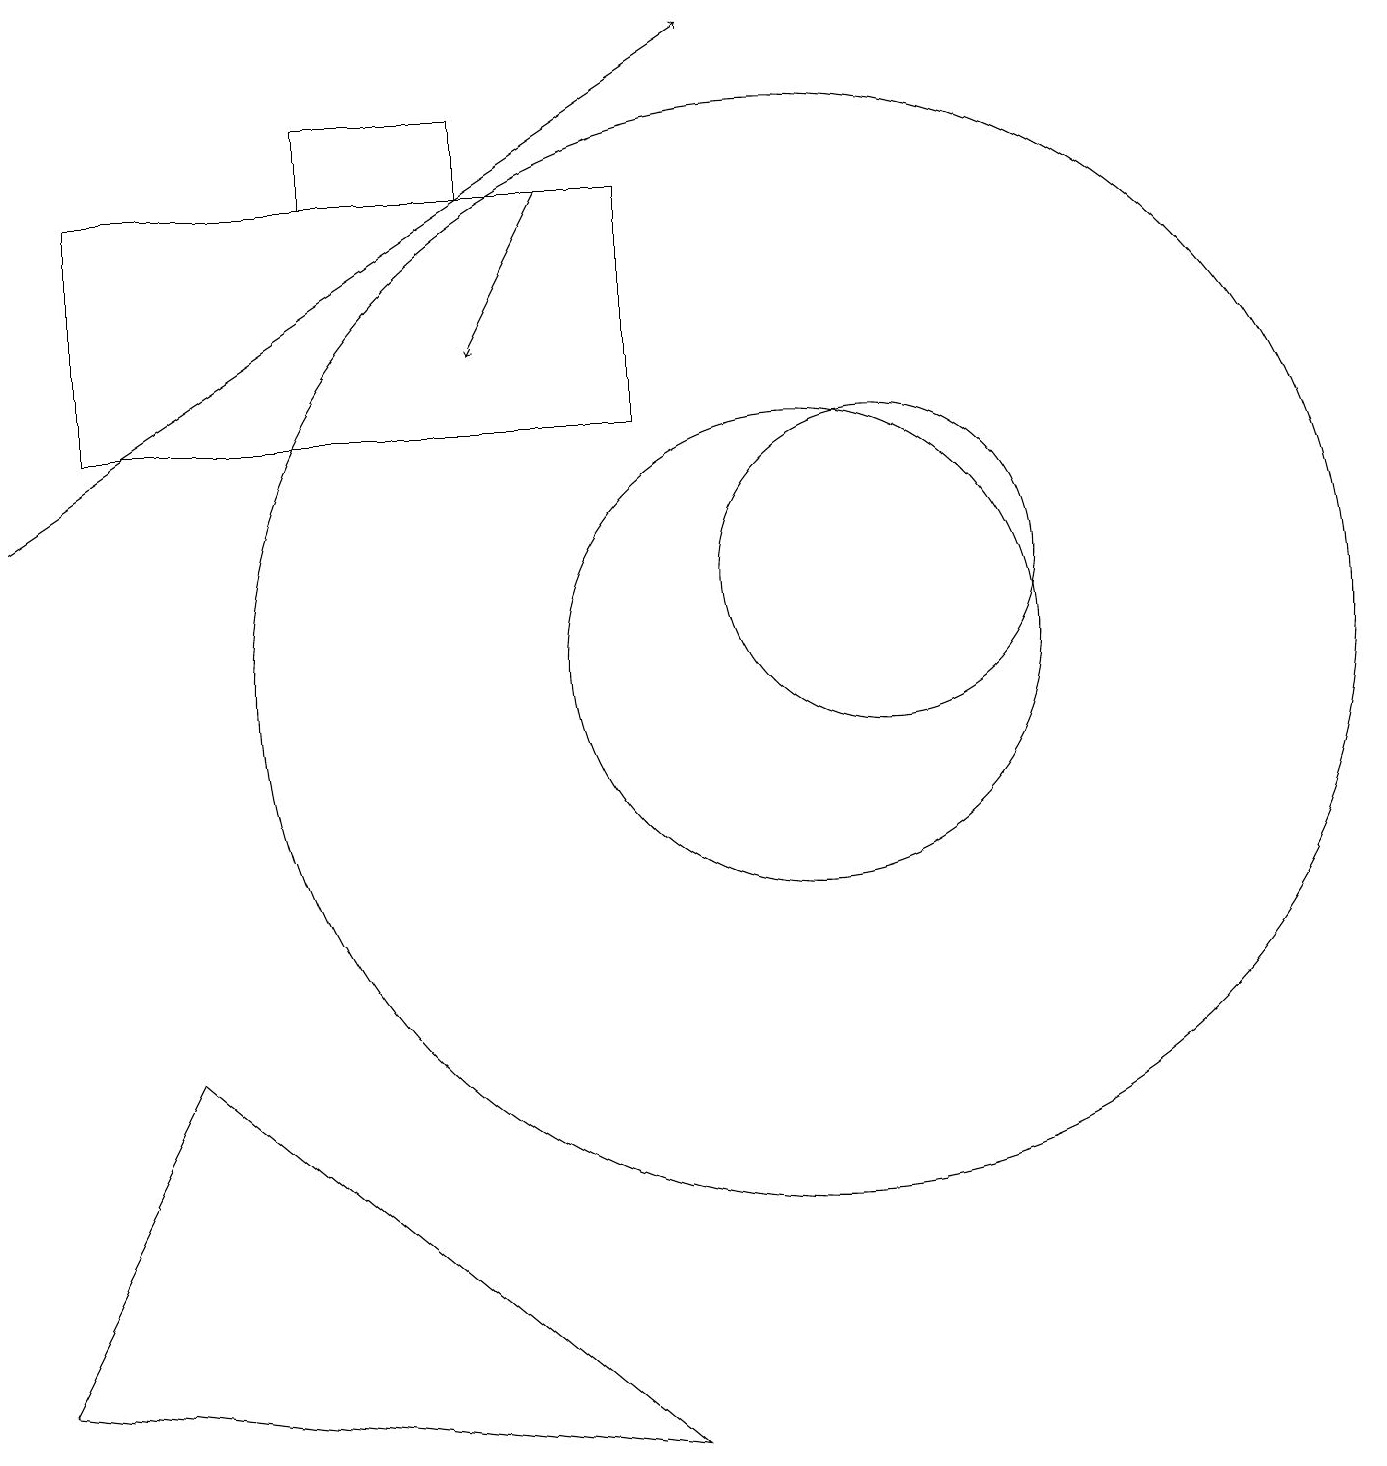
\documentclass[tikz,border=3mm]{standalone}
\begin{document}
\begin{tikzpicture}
\draw (10,10) circle (3);
\draw (6,16) rectangle (4,17);
\draw (8,16) rectangle (1,13);
\draw[->] (0,12) -- (9,18);
\draw (8,0) -- (0,1) -- (2,5) -- cycle;
\draw (11,11) circle (2);
\draw (10,10) circle (7);
\draw[->] (7,16) -- (6,14);
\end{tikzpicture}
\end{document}